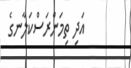
އަދި ތިމަންރަސްކަލާނގެ